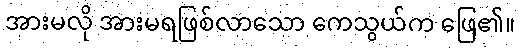
အားမလို အားမရဖြစ်လာသော ကေသွယ်က ဖြေ၏။